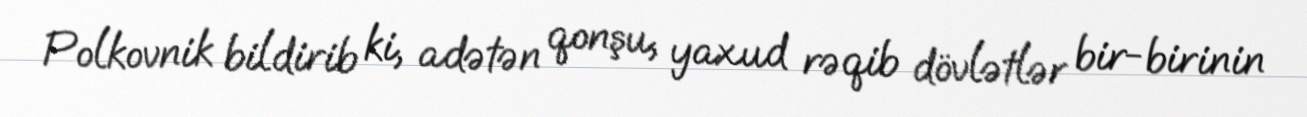
Polkovnik bildirib ki, adətən qonşu, yaxud rəqib dövlətlər bir-birinin